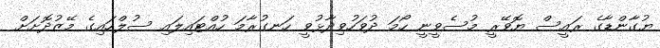
ޔުގާންޑާގެ ރައީސް ޔޮވޭރީ މުސެވީނީ ހޯމަ ދުވަހުވިދާޅުވީ ހަނގުރާމަ ހުއްޓައިލައި ސުލްހައިގެ މޭޒުދޮށަށް